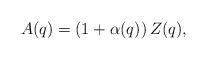
LaTeX: \begin{align*} A(q)=\left(1+\alpha(q)\right)Z(q),\end{align*}